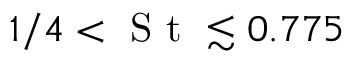
1 / 4 < \textrm { S t } \lesssim 0 . 7 7 5